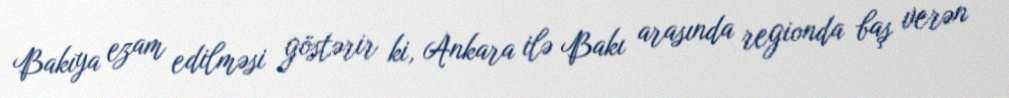
Bakıya ezam edilməsi göstərir ki, Ankara ilə Bakı arasında regionda baş verən